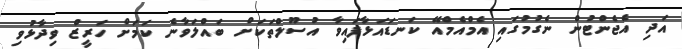
އަދި އެޖެންޓުން ނެގުމުގައި އެމްއެމްއޭ ކަނޑައަޅާފައިވާ އުސޫލްތަކަށް ބައްލަވާނެ ކަަމަށް ހަރީޒް ވިދާޅުވި